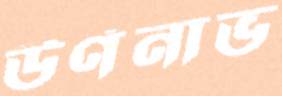
উর্ণনাভ